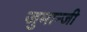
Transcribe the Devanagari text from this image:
जुमान्जी